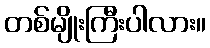
တစ်မျိုးကြီးပါလား။